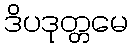
ဒိပဒုတ္တမေ